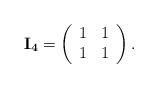
LaTeX: \begin{align*}{\bf I_{4}}=\left(\begin{array}{ll} 1 & 1 \\ 1 & 1\end{array}\right).\end{align*}